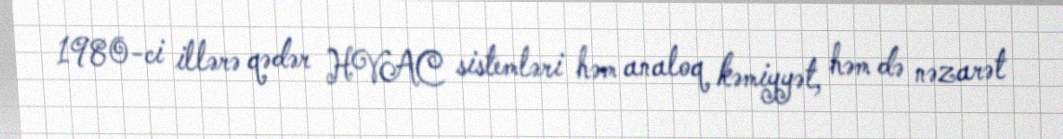
1980-ci illərə qədər HVAC sistemləri həm analoq kəmiyyət, həm də nəzarət